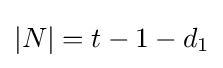
|N|=t-1-d_{1}